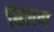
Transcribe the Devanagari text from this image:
बिलग